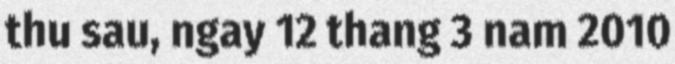
thu sau, ngay 12 thang 3 nam 2010